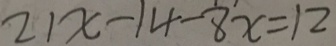
2 1 x - 1 4 - 8 x = 1 2